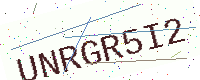
Text: UNRGR5I2